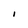
Character: I